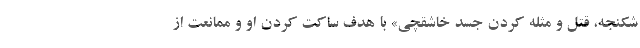
شکنجه، قتل و مُثله کردن جسد خاشقچی» با هدف ساکت کردن او و ممانعت از